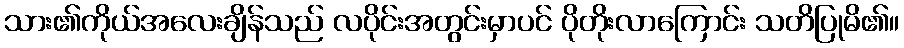
သား၏ကိုယ်အလေးချိန်သည် လပိုင်းအတွင်းမှာပင် ပိုတိုးလာကြောင်း သတိပြုမိ၏။